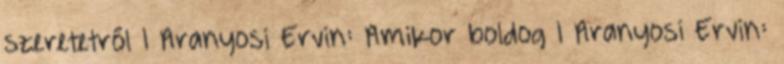
szeretetről 1 Aranyosi Ervin: Amikor boldog 1 Aranyosi Ervin: